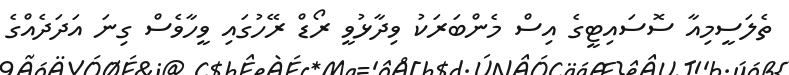
ތެލަސީމިއާ ސޮސައިޓީގެ އިސް މެންބަރަކު ވިދާޅުވީ ރޯޑް ރޭހުގައި ވީހާވެސް ގިނަ އަދަދެއްގެ